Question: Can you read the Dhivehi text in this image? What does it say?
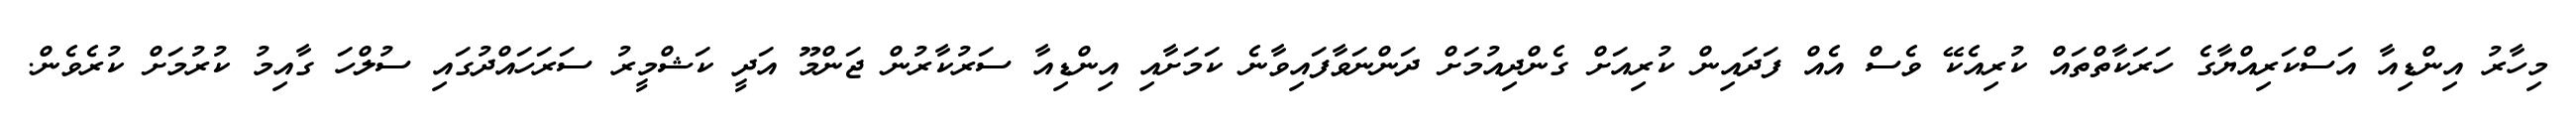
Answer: މިހާރު އިންޑިއާ އަސްކަރިއްޔާގެ ހަރަކާތްތައް ކުރިއެކޭ ވެސް އެއް ފަދައިން ކުރިއަށް ގެންދިއުމަށް ދަންނަވާފައިވާނެ ކަމަށާއި އިންޑިއާ ސަރުކާރުން ޖަންމޫ އަދީ ކަޝްމީރު ސަރަހައްދުގައި ސުލްހަ ގާއިމު ކުރުމަށް ކުރެވެން.